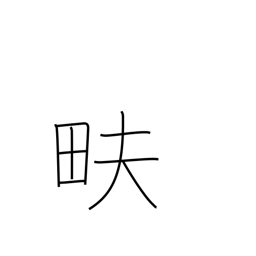
Meaning: till